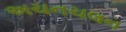
અચનચલન